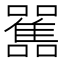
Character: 𩁁